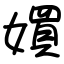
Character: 㜥